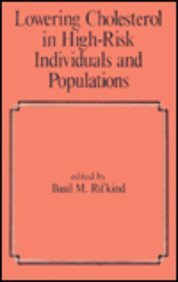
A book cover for Lowering Cholesterol in High-Risk Individuals and Populations (Fundamental and Clinical Cardiology); Basil M. Rifkind; Medical Books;